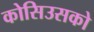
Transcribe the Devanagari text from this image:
कोसिउसको